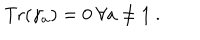
{ \mathrm { T r } } ( \gamma _ { a } ) = 0 ~ \forall a \not = 1 ~ .